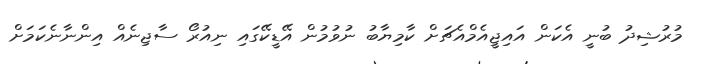
މުރުޝިދު ބުނީ އެކަން އައިޖީއެމްއެޗަށް ކާމިޔާބު ނުވުމުން އޭޑީކޭގައި ނިއުރޯ ސާޖިނެއް އިންނާނެކަމަށް